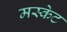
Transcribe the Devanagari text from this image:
मस्केट